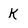
Character: k